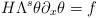
LaTeX: \begin{align*} H\Lambda^s \theta \partial_x \theta = f \end{align*}